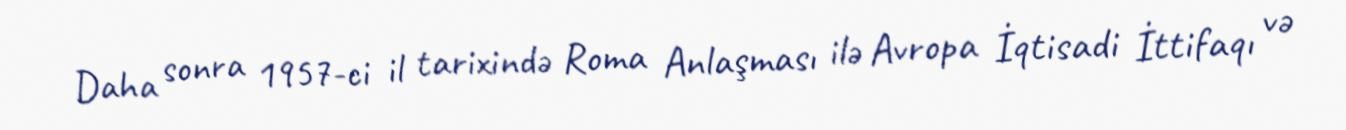
Daha sonra 1957-ci il tarixində Roma Anlaşması ilə Avropa İqtisadi İttifaqı və